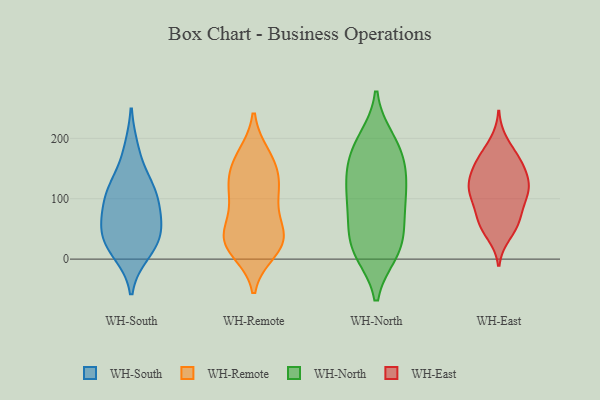
{"axis": {"x": "Inventory Turnover", "y": "Value"}, "legend": ["WH-East", "WH-North", "WH-Remote", "WH-South"], "data": [{"x": "", "y": 72, "type": "WH-South"}, {"x": "", "y": 10, "type": "WH-South"}, {"x": "", "y": 25, "type": "WH-South"}, {"x": "", "y": 181, "type": "WH-South"}, {"x": "", "y": 53, "type": "WH-South"}, {"x": "", "y": 86, "type": "WH-South"}, {"x": "", "y": 125, "type": "WH-South"}, {"x": "", "y": 115, "type": "WH-South"}, {"x": "", "y": 49, "type": "WH-South"}, {"x": "", "y": 112, "type": "WH-South"}, {"x": "", "y": 25, "type": "WH-South"}, {"x": "", "y": 124, "type": "WH-Remote"}, {"x": "", "y": 112, "type": "WH-Remote"}, {"x": "", "y": 147, "type": "WH-Remote"}, {"x": "", "y": 170, "type": "WH-Remote"}, {"x": "", "y": 28, "type": "WH-Remote"}, {"x": "", "y": 96, "type": "WH-Remote"}, {"x": "", "y": 49, "type": "WH-Remote"}, {"x": "", "y": 14, "type": "WH-Remote"}, {"x": "", "y": 94, "type": "WH-Remote"}, {"x": "", "y": 35, "type": "WH-Remote"}, {"x": "", "y": 143, "type": "WH-Remote"}, {"x": "", "y": 39, "type": "WH-Remote"}, {"x": "", "y": 31, "type": "WH-Remote"}, {"x": "", "y": 24, "type": "WH-Remote"}, {"x": "", "y": 171, "type": "WH-Remote"}, {"x": "", "y": 132, "type": "WH-North"}, {"x": "", "y": 10, "type": "WH-North"}, {"x": "", "y": 144, "type": "WH-North"}, {"x": "", "y": 194, "type": "WH-North"}, {"x": "", "y": 199, "type": "WH-North"}, {"x": "", "y": 80, "type": "WH-North"}, {"x": "", "y": 20, "type": "WH-North"}, {"x": "", "y": 42, "type": "WH-North"}, {"x": "", "y": 11, "type": "WH-North"}, {"x": "", "y": 121, "type": "WH-North"}, {"x": "", "y": 157, "type": "WH-North"}, {"x": "", "y": 51, "type": "WH-North"}, {"x": "", "y": 80, "type": "WH-North"}, {"x": "", "y": 111, "type": "WH-North"}, {"x": "", "y": 12, "type": "WH-North"}, {"x": "", "y": 187, "type": "WH-North"}, {"x": "", "y": 93, "type": "WH-North"}, {"x": "", "y": 165, "type": "WH-North"}, {"x": "", "y": 106, "type": "WH-East"}, {"x": "", "y": 168, "type": "WH-East"}, {"x": "", "y": 116, "type": "WH-East"}, {"x": "", "y": 58, "type": "WH-East"}, {"x": "", "y": 60, "type": "WH-East"}, {"x": "", "y": 76, "type": "WH-East"}, {"x": "", "y": 194, "type": "WH-East"}, {"x": "", "y": 105, "type": "WH-East"}, {"x": "", "y": 41, "type": "WH-East"}, {"x": "", "y": 156, "type": "WH-East"}, {"x": "", "y": 116, "type": "WH-East"}, {"x": "", "y": 150, "type": "WH-East"}, {"x": "", "y": 82, "type": "WH-East"}, {"x": "", "y": 118, "type": "WH-East"}, {"x": "", "y": 170, "type": "WH-East"}, {"x": "", "y": 127, "type": "WH-East"}, {"x": "", "y": 124, "type": "WH-East"}, {"x": "", "y": 153, "type": "WH-East"}, {"x": "", "y": 53, "type": "WH-East"}]}